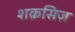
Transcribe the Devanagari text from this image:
शक़सिज़